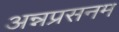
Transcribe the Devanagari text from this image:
अन्नप्रसनम